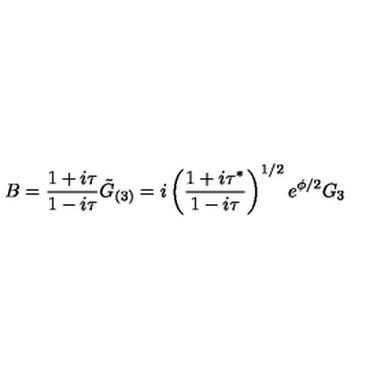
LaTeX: B = \frac { 1 + i \tau } { 1 - i \tau } \tilde { G } _ { ( 3 ) } = i \left( \frac { 1 + i \tau ^ { * } } { 1 - i \tau } \right) ^ { 1 / 2 } e ^ { \phi / 2 } G _ { 3 }